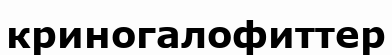
криногалофиттер